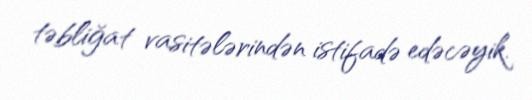
təbliğat vasitələrindən istifadə edəcəyik.